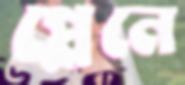
প্লেনে